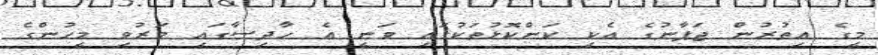
މީގެ އިތުރުން ޖަޕާނުގެ އެކި ކަންކޮޅުތަކުގައި ވަނީ އެ ހާދިސާގައި މަރުވި މީހުންގެ